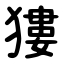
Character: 㺏